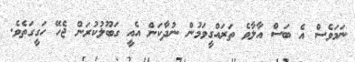
ނަމަވެސް އެ ބަސް އާލާވެ ތަރައްގީވަމުން ނުދާކަން އެއީ ގަބޫލުކުރަން ޖެހޭ ހަގީގަތެވެ.